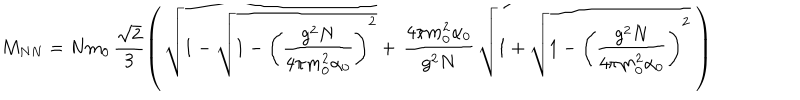
LaTeX: M _ { N N } = N m _ { 0 } \, \frac { \sqrt { 2 } } { 3 } \left( \, \sqrt { 1 - \sqrt { 1 - \left( \frac { g ^ { 2 } N } { 4 \pi m _ { 0 } ^ { 2 } \alpha _ { 0 } } \right) ^ { 2 } } } + \, \frac { 4 \pi m _ { 0 } ^ { 2 } \alpha _ { 0 } } { g ^ { 2 } N } \, \sqrt { 1 + \sqrt { 1 - \left( \frac { g ^ { 2 } N } { 4 \pi m _ { 0 } ^ { 2 } \alpha _ { 0 } } \right) ^ { 2 } } } \; \right)